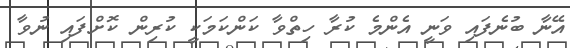
އޭނާ ބުނެފައި ވަނީ އެންމެ ކުރާ ހިތްވާ ކަންކަމަކީ ކުރިން ކޮށްފައި ނުވާ